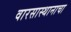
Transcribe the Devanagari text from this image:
वारसास्थानाचा